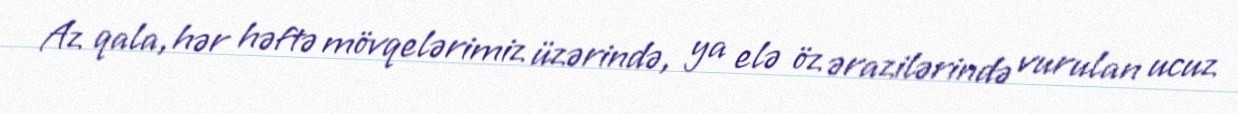
Az qala, hər həftə mövqelərimiz üzərində, ya elə öz ərazilərində vurulan ucuz